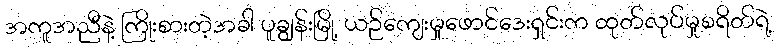
အကူအညီနဲ့ ကြိုးစားတဲ့အခါ ပူချွန်းမြို့ ယဉ်ကျေးမှုဖောင်ဒေးရှင်းက ထုတ်လုပ်မှုစရိတ်ရဲ့